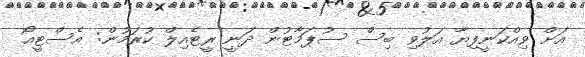
އަށް ވިއްކަނީފިޔާ އަލުވި ބިސް ސުޕަމާޓުން ދަނީ ރީޓެއިލް ކުރަމުން: އެސްޓީއޯ